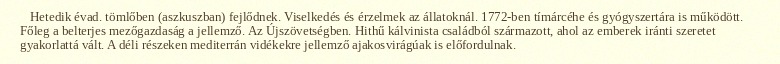
Hetedik évad. tömlőben (aszkuszban) fejlődnek. Viselkedés és érzelmek az állatoknál. 1772-ben tímárcéhe és gyógyszertára is működött. Főleg a belterjes mezőgazdaság a jellemző. Az Újszövetségben. Hithű kálvinista családból származott, ahol az emberek iránti szeretet gyakorlattá vált. A déli részeken mediterrán vidékekre jellemző ajakosvirágúak is előfordulnak.